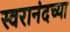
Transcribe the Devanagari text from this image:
स्वरानंदच्या